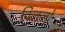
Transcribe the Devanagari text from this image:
विललो